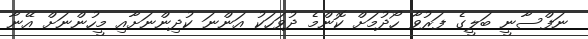
ނަފްސާނީ ބަލީގެ ފަރުވާ ހޯދުމަށް ކޮންމެ ދުވަހަކު އަންނަ ކުދިންނަށާއި މީހުންނަށް އޭނާ